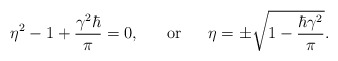
\begin{align*}\eta^2-1+\frac{\gamma^2 \hbar}{\pi}=0,~~~~~\mbox{or}~~~~~\eta=\pm\sqrt{1-\frac{\hbar\gamma^2}{\pi}}.\end{align*}